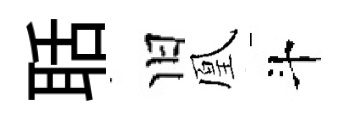
聒旧凰斗